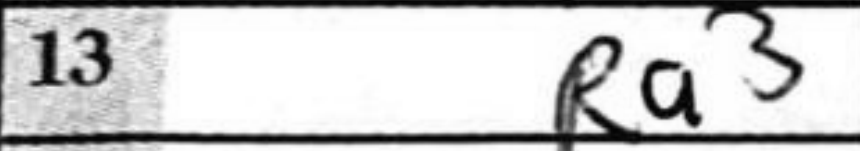
Transcription: Ra3